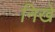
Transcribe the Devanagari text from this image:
निखे